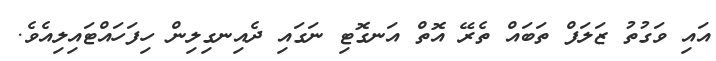
އައި ވަގުތު ޒަލަފް ތަބައް ތެރޭ އޮތް އަނގޮޓި ނަގައި ދެއިނގިލިން ހިފަހައްޓައިލިއެވެ.